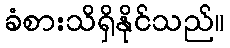
ခံစားသိရှိနိုင်သည်။